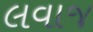
લવાજ